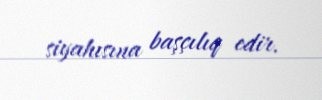
siyahısına başçılıq edir.